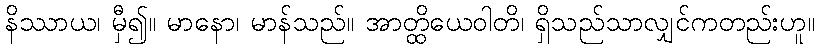
နိဿာယ၊ မှီ၍။ မာနော၊ မာန်သည်။ အာတ္ထိယေဝါတိ၊ ရှိသည်သာလျှင်ကတည်းဟူ။